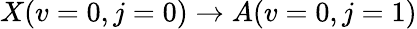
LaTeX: X(v=0,j=0)\to A(v=0,j=1)